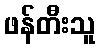
ဖန်တီးသူ